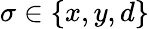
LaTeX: \sigma\in\lbrace x,y,d\rbrace